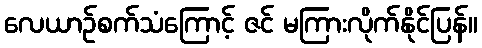
လေယာဉ်စက်သံကြောင့် ဇင် မကြားလိုက်နိုင်ပြန်။